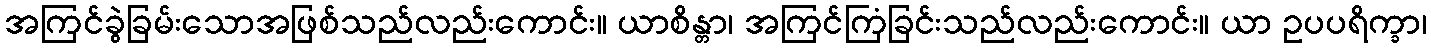
အကြင်ခွဲခြမ်းသောအဖြစ်သည်လည်းကောင်း။ ယာစိန္တာ၊ အကြင်ကြံခြင်းသည်လည်းကောင်း။ ယာ ဥပပရိက္ခာ၊